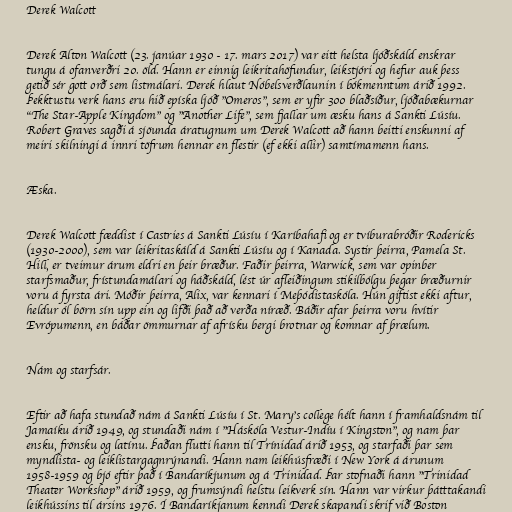
Derek Walcott

Derek Alton Walcott (23. janúar 1930 - 17. mars 2017) var eitt helsta ljóðskáld enskrar
tungu á ofanverðri 20. öld. Hann er einnig leikritahöfundur, leikstjóri og hefur auk þess
getið sér gott orð sem listmálari. Derek hlaut Nóbelsverðlaunin í bókmenntum árið 1992.
Þekktustu verk hans eru hið epíska ljóð "Omeros", sem er yfir 300 blaðsíður, ljóðabækurnar
"The Star-Apple Kingdom" og "Another Life", sem fjallar um æsku hans á Sankti Lúsíu.
Robert Graves sagði á sjöunda áratugnum um Derek Walcott að hann beitti enskunni af
meiri skilningi á innri töfrum hennar en flestir (ef ekki allir) samtímamenn hans.

Æska.

Derek Walcott fæddist í Castries á Sankti Lúsíu í Karíbahafi og er tvíburabróðir Rodericks
(1930-2000), sem var leikritaskáld á Sankti Lúsíu og í Kanada. Systir þeirra, Pamela St.
Hill, er tveimur árum eldri en þeir bræður. Faðir þeirra, Warwick, sem var opinber
starfsmaður, frístundamálari og háðskáld, lést úr afleiðingum stikilbólgu þegar bræðurnir
voru á fyrsta ári. Móðir þeirra, Alix, var kennari í Meþódistaskóla. Hún giftist ekki aftur,
heldur ól börn sín upp ein og lifði það að verða níræð. Báðir afar þeirra voru hvítir
Evrópumenn, en báðar ömmurnar af afrísku bergi brotnar og komnar af þrælum.

Nám og starfsár.

Eftir að hafa stundað nám á Sankti Lúsíu í St. Mary’s college hélt hann í framhaldsnám til
Jamaíku árið 1949, og stundaði nám í "Háskóla Vestur-Indíu í Kingston", og nam þar
ensku, frönsku og latínu. Þaðan flutti hann til Trínidad árið 1953, og starfaði þar sem
myndlista- og leiklistargagnrýnandi. Hann nam leikhúsfræði í New York á árunum
1958-1959 og bjó eftir það í Bandaríkjunum og á Trinidad. Þar stofnaði hann "Trinidad
Theater Workshop" árið 1959, og frumsýndi helstu leikverk sín. Hann var virkur þátttakandi
leikhússins til ársins 1976. Í Bandaríkjanum kenndi Derek skapandi skrif við Boston